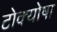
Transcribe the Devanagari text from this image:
टोक्योषा